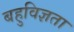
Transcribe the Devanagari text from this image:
बहुविज्ञता